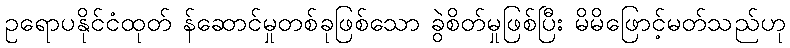
ဥရောပနိုင်ငံထုတ် န်ဆောင်မှုတစ်ခုဖြစ်သော ခွဲစိတ်မှုဖြစ်ပြီး မိမိဖြောင့်မတ်သည်ဟု